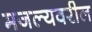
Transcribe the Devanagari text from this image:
मजल्यवरील